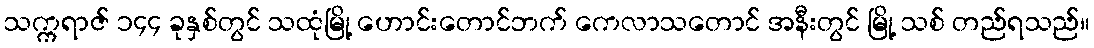
သက္ကရာဇ် ၁၄၄ ခုနှစ်တွင် သထုံမြို့ ဟောင်းတောင်ဘက် ကေလာသတောင် အနီးတွင် မြို့ သစ် တည်ရသည်။